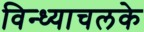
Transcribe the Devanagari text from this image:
विन्ध्याचलके